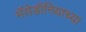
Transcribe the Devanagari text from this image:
मॅसेडॉनियाच्या